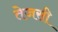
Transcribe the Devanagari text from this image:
तेजसी